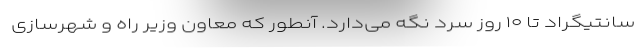
سانتیگراد تا ۱۰ روز سرد نگه می‌دارد. آنطور که معاون وزیر راه و شهرسازی